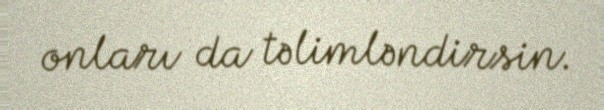
onları da təlimləndirsin.